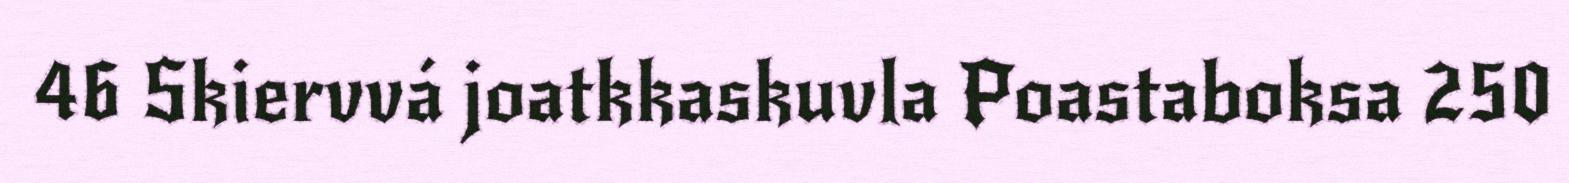
46 Skiervvá joatkkaskuvla Poastaboksa 250